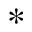
^ *